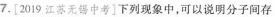
7.[2019江苏无锡中考]下列现象中，可以说明分子间存